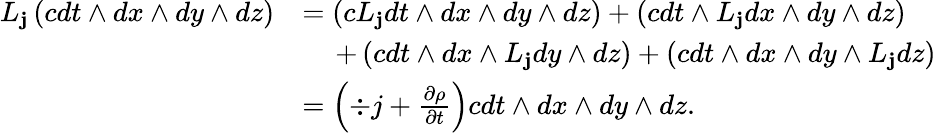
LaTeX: \begin{array}{rl}{L_{{\mathbf j}}\left(cdt\wedge dx\wedge dy\wedge dz\right)}&{=\left(cL_{{\mathbf j}}dt\wedge dx\wedge dy\wedge dz\right)+\left(cdt\wedge L_{{\mathbf j}}dx\wedge dy\wedge dz\right)}\\ &{\quad\, +\left(cdt\wedge dx\wedge L_{\mathbf j}dy\wedge dz\right)+\left(cdt\wedge dx\wedge dy\wedge L_{\mathbf j}dz\right)}\\ &{=\left(\div j+\frac{\partial\rho}{\partial t}\right)cdt\wedge dx\wedge dy\wedge dz.}\end{array}